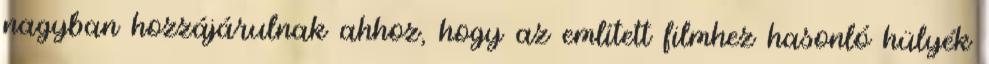
nagyban hozzájárulnak ahhoz, hogy az említett filmhez hasonló hülyék